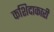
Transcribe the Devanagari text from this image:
कशिदाकारी